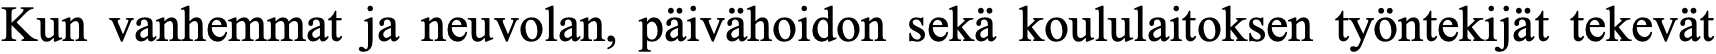
Kun vanhemmat ja neuvolan, päivähoidon sekä koululaitoksen työntekijät tekevät